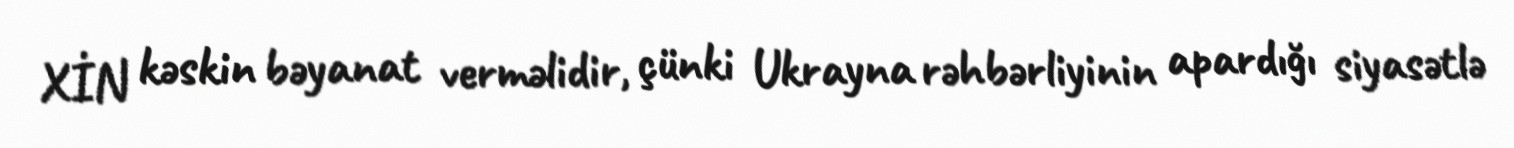
XİN kəskin bəyanat verməlidir, çünki Ukrayna rəhbərliyinin apardığı siyasətlə